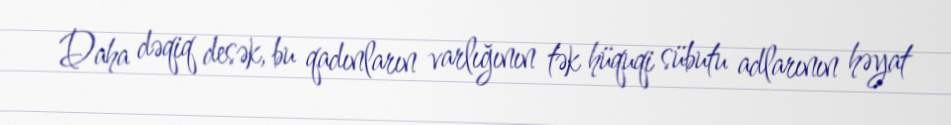
Daha dəqiq desək, bu qadınların varlığının tək hüquqi sübutu adlarının həyat